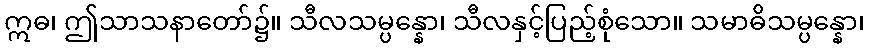
ဣဓ၊ ဤသာသနာတော်၌။ သီလသမ္ပန္နော၊ သီလနှင့်ပြည့်စုံသော။ သမာဓိသမ္ပန္နော၊